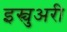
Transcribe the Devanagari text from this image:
इस्चुअरी